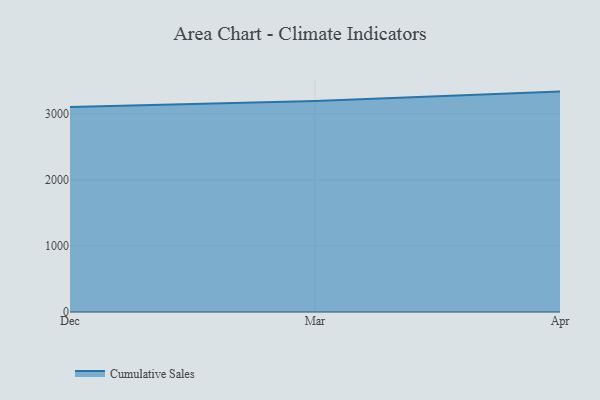
{"axis": {"x": "Month", "y": "Demand Index"}, "legend": ["Cumulative Sales"], "data": [{"x": "Dec", "y": 3100.3, "type": "Cumulative Sales"}, {"x": "Mar", "y": 3193.7, "type": "Cumulative Sales"}, {"x": "Apr", "y": 3334.7, "type": "Cumulative Sales"}]}